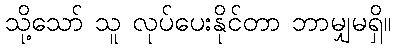
သို့သော် သူ လုပ်ပေးနိုင်တာ ဘာမျှမရှိ။